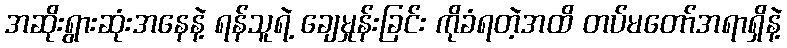
အဆိုးရွားဆုံးအနေနဲ့ ရန်သူရဲ့ ချေမှုန်းခြင်း ကိုခံရတဲ့အထိ တပ်မတော်အရာရှိနဲ့